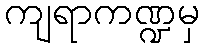
ကျရာကဏ္ဍမှ